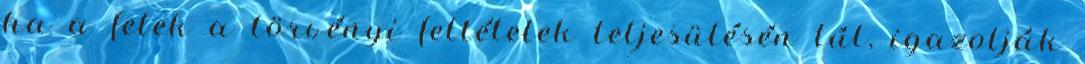
ha a felek a törvényi feltételek teljesülésén túl, igazolják